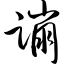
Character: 蹦